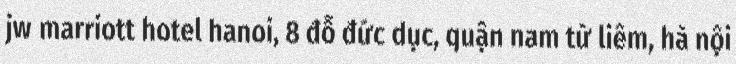
jw marriott hotel hanoi, 8 đỗ đức dục, quận nam từ liêm, hà nội